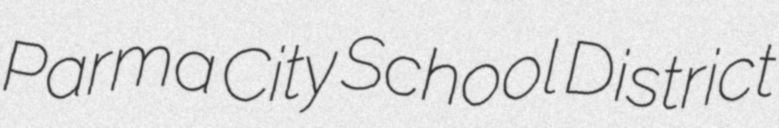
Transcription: Parma City School District